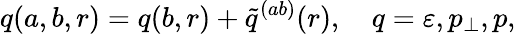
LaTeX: q(a,b,r)=q(b,r)+\tilde{q}^{(ab)}(r),\quad q=\varepsilon,p_{\perp},p,